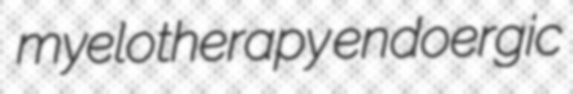
myelotherapy endoergic